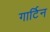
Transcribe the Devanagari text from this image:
गार्टिन